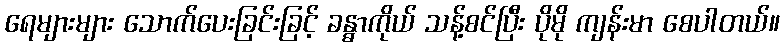
ရေများများ သောက်ပေးခြင်းခြင့် ခန္ဓာကိုယ် သန့်စင်ပြီး ပိုမို ကျန်းမာ စေပါတယ်။